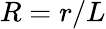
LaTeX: R=r/L